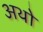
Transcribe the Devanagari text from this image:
अथो